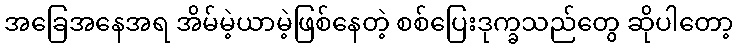
အခြေအနေအရ အိမ်မဲ့ယာမဲ့ဖြစ်နေတဲ့ စစ်ပြေးဒုက္ခသည်တွေ ဆိုပါတော့